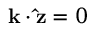
{ \bf { k } } \cdot { \bf { \hat { z } } } = 0